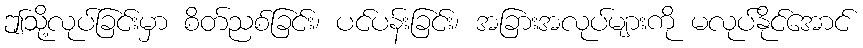
ဤသို့လုပ်ခြင်းမှာ စိတ်ညစ်ခြင်း၊ ပင်ပန်းခြင်း၊ အခြားအလုပ်များကို မလုပ်နိုင်အောင်